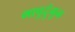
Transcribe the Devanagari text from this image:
मापुदुंगुन